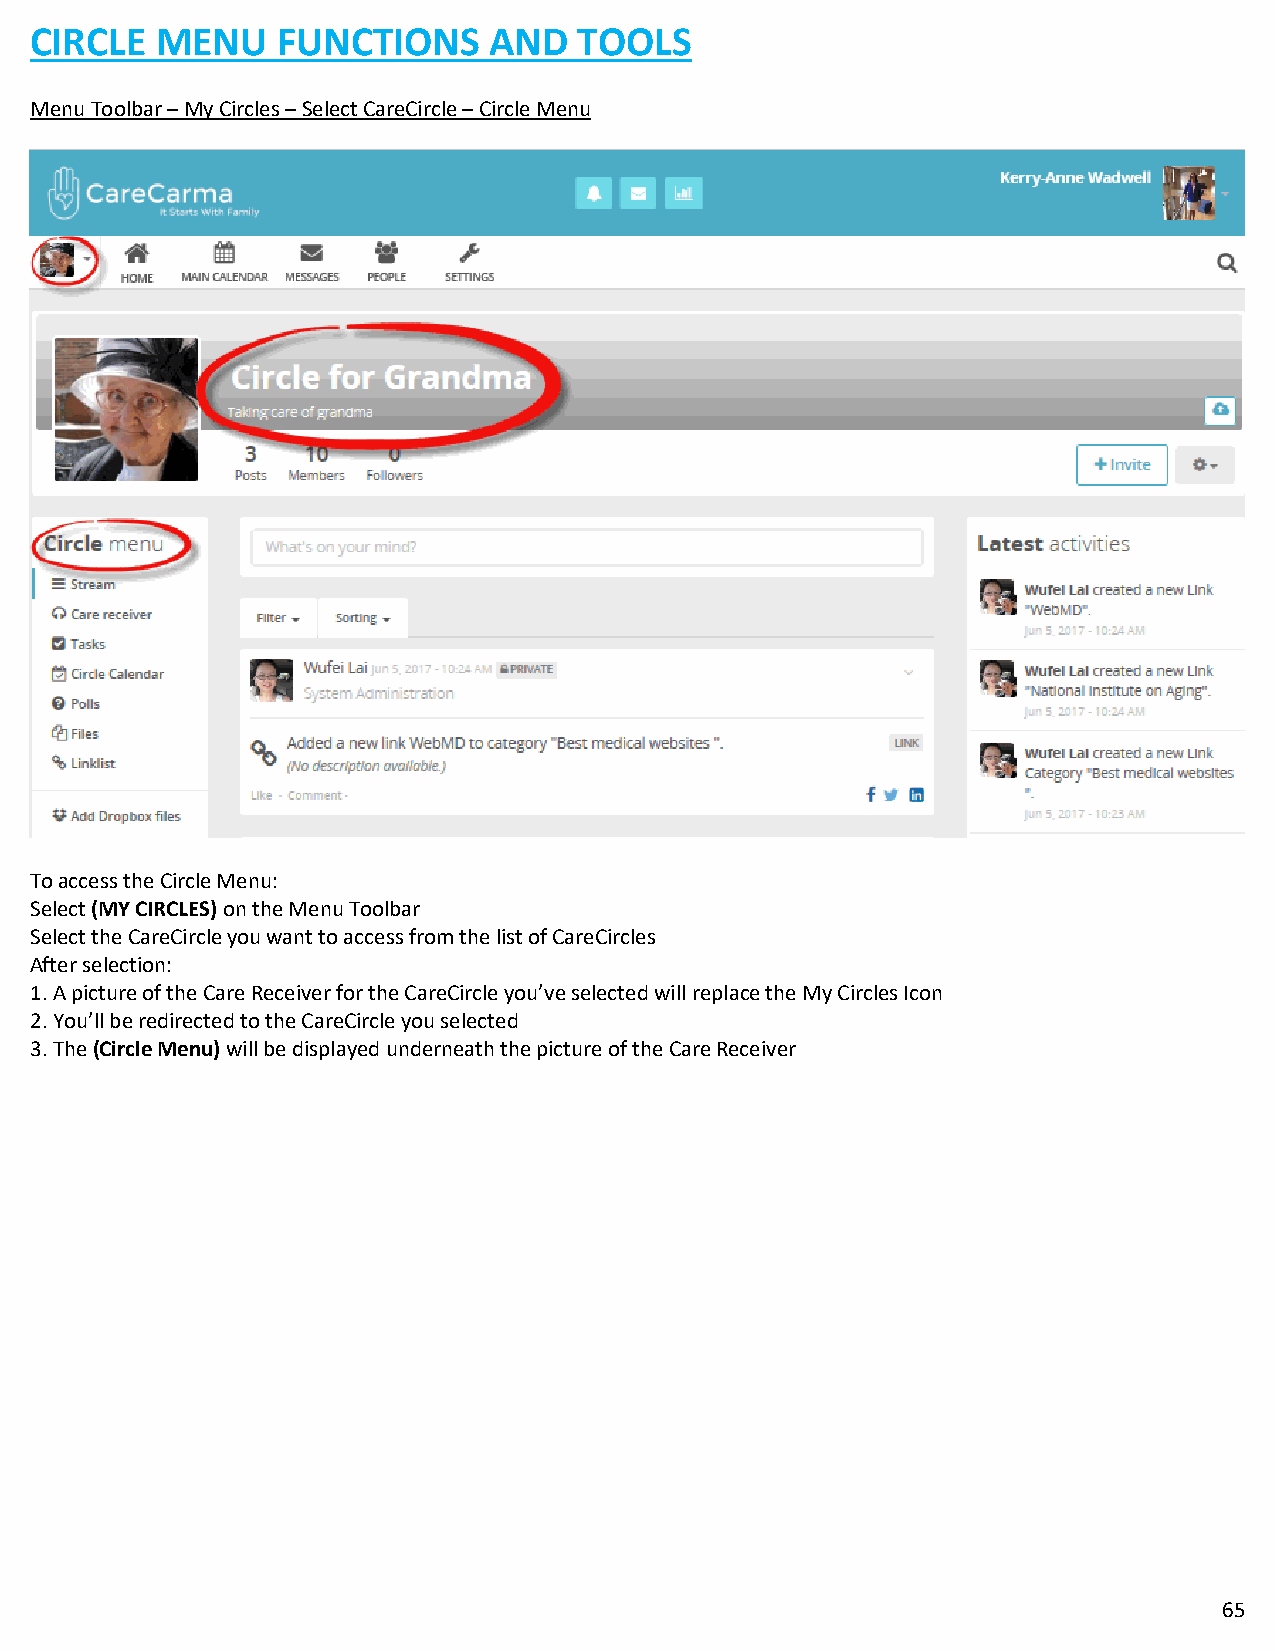
CIRCLE  MENU    FUNCTIONS     AND   TOOLS
 Menu Toolbar – My Circles – Select CareCircle – Circle Menu
 To access the Circle Menu:
 Select (MY CIRCLES) on the Menu Toolbar
 Select the CareCircle you want to access from the list of CareCircles
 After selection:
 1. A picture of the Care Receiver for the CareCircle you’ve selected will replace the My Circles Icon
 2. You’ll be redirected to the CareCircle you selected
 3. The (Circle Menu) will be displayed underneath the picture of the Care Receiver
 65